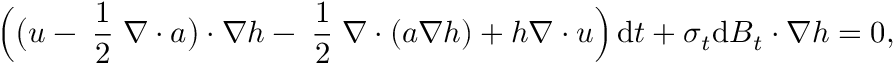
\Big ( \big ( \boldsymbol { u } - \mathrm { \scriptsize ~ \frac { 1 } { 2 } ~ } \boldsymbol { \nabla } \boldsymbol { \cdot } \boldsymbol { a } \big ) \boldsymbol { \cdot } \boldsymbol { \nabla } h - \mathrm { \scriptsize ~ \frac { 1 } { 2 } ~ } \boldsymbol { \nabla } \boldsymbol { \cdot } ( \boldsymbol { a } \boldsymbol { \nabla } h ) + h \boldsymbol { \nabla } \boldsymbol { \cdot } \boldsymbol { u } \Big ) \, \mathrm { d } t + \boldsymbol { \sigma } _ { t } \mathrm { d } \boldsymbol { B } _ { t } \boldsymbol { \cdot } \boldsymbol { \nabla } h = 0 ,